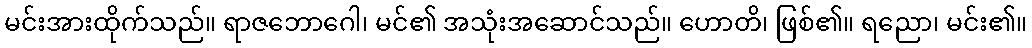
မင်းအားထိုက်သည်။ ရာဇဘောဂေါ၊ မင်၏ အသုံးအဆောင်သည်။ ဟောတိ၊ ဖြစ်၏။ ရညော၊ မင်း၏။